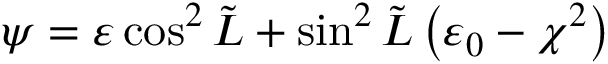
\psi = \varepsilon \cos ^ { 2 } \tilde { L } + \sin ^ { 2 } \tilde { L } \left( \varepsilon _ { 0 } - \chi ^ { 2 } \right)